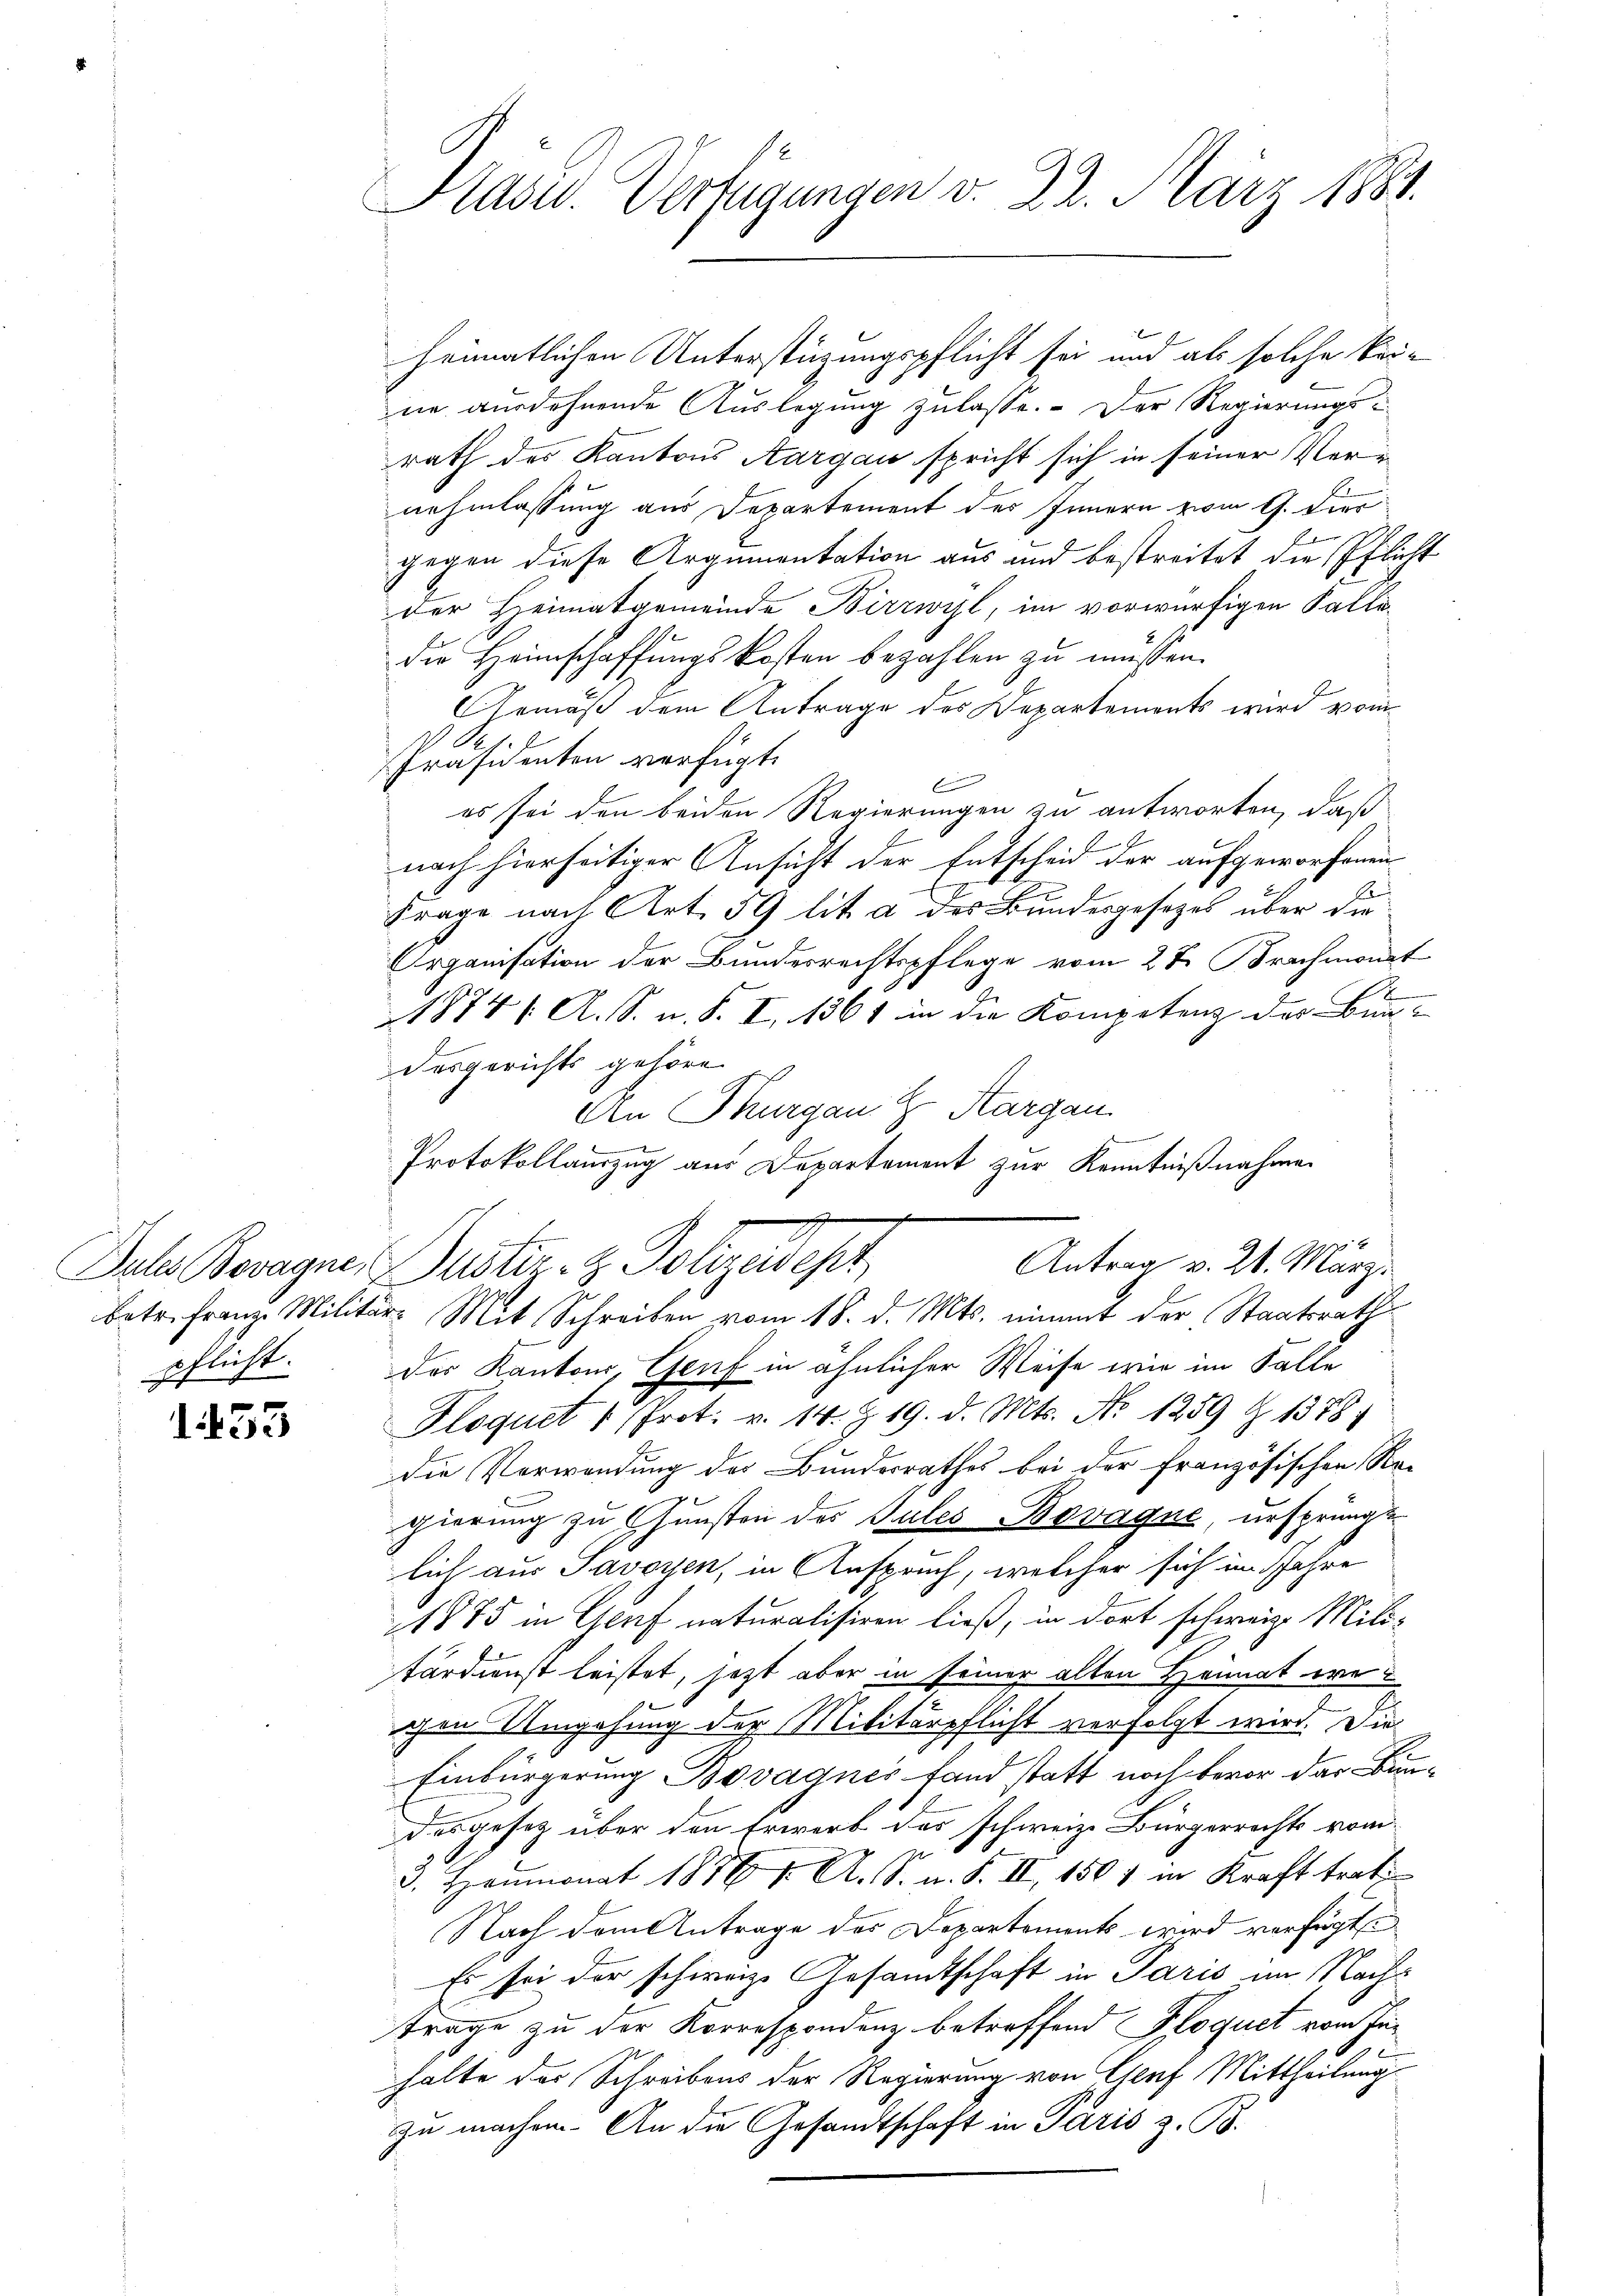
pflicht.

1453

Kasu. Verfügungen d. 22. März 1881.

heimatlichen Unterstüzungspflicht sei und als solche keine ausdehnende Auslegung zulasse. Der Regierungs-
rath des Kantons Aargau spricht sich in seiner Verin
nehmlassung aus Departement des Innern zwei G. dies
gegen diese Argumentation aus und bestreitet die Pflicht
der Heimatgemeinde Birrwyl, im vorwürfigen Fallidie Heimschaffungskosten bezahlen zu müssen.
Gemäß dem Antrage des Departements wird vom
d
Präsidenten verfügt:
E
es sei den beiden Regierungen zu antworten, daß
nach hierseitiger Ansicht der Entscheid der aufgeworfenen
B
Frage nach Art. 59 lit. a der Bundesgesezes über die
Organisation der Bundesrechtspflege vom 27. Brachmonat
1874 /: A. S. n. F. I. 1361 in die Kompetenz der Bun-
desgerichts gehöre.
n
Den Thurgau Z Aargau.
m
.
Protokollauszug aus Departement zur Kenntnißnahmen
Antrag v. 21. März
Daten Beragne Zustiz- & Polizeidest
betr. Franze Militär- Mit Schreiben vom 18. d. Mts. nimmt der Staatsrath
des Kantons, Genf in ähnlicher Weise wie im Falle
Ploquet " Prot. v. 14. Z. 19. d. Mts. No 1259 Z. 1378)
die Verwendung der Bundesrathes bei der Französischen Re-
gierung zu Gunsten des Sules-Bovagne, ursprungs
lich aus Savoyen, in Anspruch, welcher sich im Jahre
1875 in Genf naturalisiren ließ, in dort schweiz. Mili-
tärdienst leistet, jetzt aber in seiner alten Heimat wer
s
gen Umgehung der Militärpflicht verfolgt wird. Die
Einbürgerung Bovagnes fand statt noch bevor der Bundas gesetz über den Erwerb des schweize Bürgerrechts vom
d. Heumonat 1876 f. A. S. n. F. II, 1507 in Kraft trat
Nach dem Antrage des Departements wird verfügte
Es sei der schweiz. Gesandtschaft in Paris im Nachtrage zu der Korrespondenz betreffend Floquet vom Inhalte des Schreibens der Regierung von Genf Mittheilung
zu machen. An die Gesandtschaft in Paris z. B.